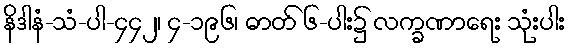
နိဒါနံ-သံ-ပါ-၄၄၂၊ ၄-၁၉၆၊ ဓာတ် ၆-ပါး၌ လက္ခဏာရေး သုံးပါး